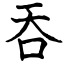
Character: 吞